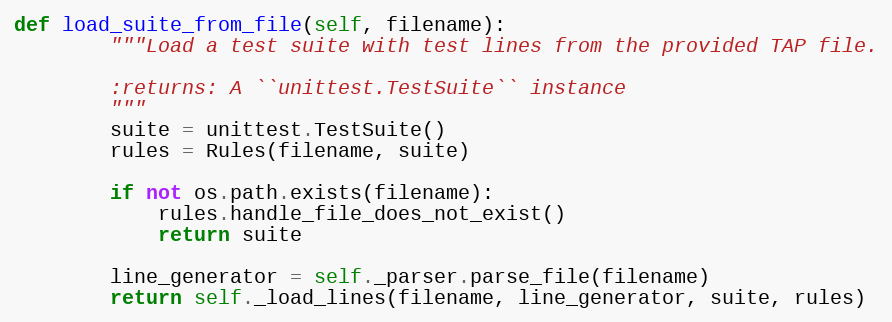
Language: Python
def load_suite_from_file(self, filename):
        """Load a test suite with test lines from the provided TAP file.

        :returns: A ``unittest.TestSuite`` instance
        """
        suite = unittest.TestSuite()
        rules = Rules(filename, suite)

        if not os.path.exists(filename):
            rules.handle_file_does_not_exist()
            return suite

        line_generator = self._parser.parse_file(filename)
        return self._load_lines(filename, line_generator, suite, rules)